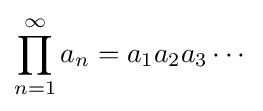
\prod _{n=1}^{\infty }a_{n}=a_{1}a_{2}a_{3}\cdots